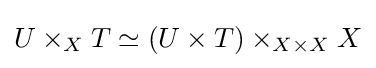
U\times _{X}T\simeq (U\times T)\times _{X\times X}X